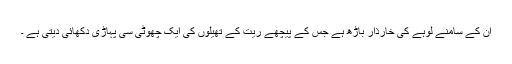
ان کے سامنے لوہے کی خارذار باڑھ ہے جس کے پیچھے ریت کے تھیلوں کی ایک چھوٹی سی پہاڑی دکھائی دیتی ہے ۔